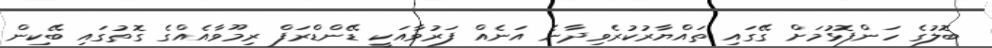
ބޮލުގެ ހަންފޮޅުމަށް ގޭގައި ތައްޔާރުކުރެވިދާނެ އަނެއް ފަރުވާއަކީ ޑޭންޑްރަފް ރިމޫވާއެއްގެ ގޮތުގައި ބޭކިން